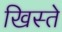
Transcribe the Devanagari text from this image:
खिस्ते